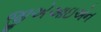
જીએઆઇએન